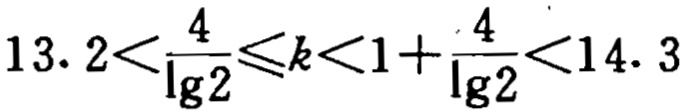
\(13.2<\frac{4}{\lg2}\leqslant k<1 + \frac{4}{\lg2}<14.3\)